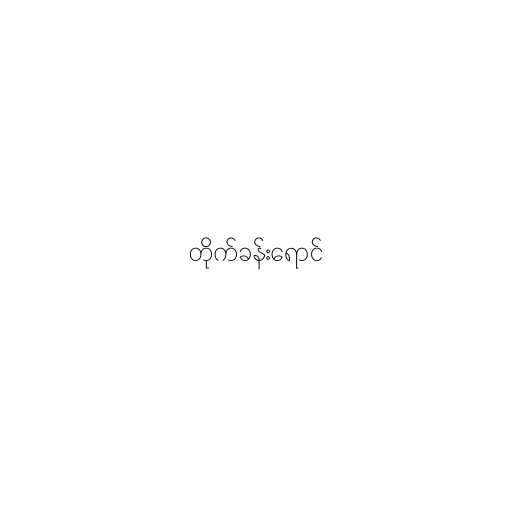
တိုက်ခန်းရောင်